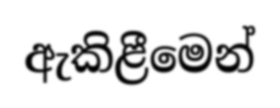
ඇකිළීමෙන්